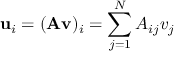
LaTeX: \mathbf { u } _ { i } = ( \mathbf { A } \mathbf { v } ) _ { i } = \sum _ { j = 1 } ^ { N } A _ { i j } v _ { j }